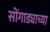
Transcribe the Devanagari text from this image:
सोंगाड्याच्या